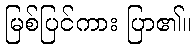
မြစ်ပြင်ကား ပြာ၏။